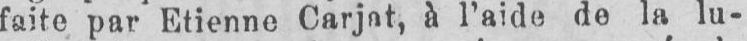
à l’aide, de la lu-